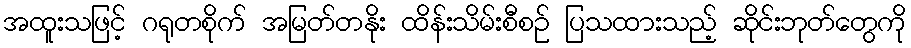
အထူးသဖြင့် ဂရုတစိုက် အမြတ်တနိုး ထိန်းသိမ်းစီစဉ် ပြသထားသည့် ဆိုင်းဘုတ်တွေကို